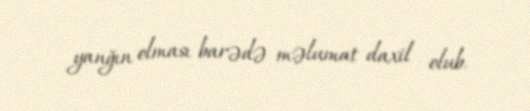
yanğın olması barədə məlumat daxil olub.